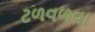
ટળવળવા